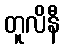
တူလိနီ